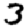
Digit: 3